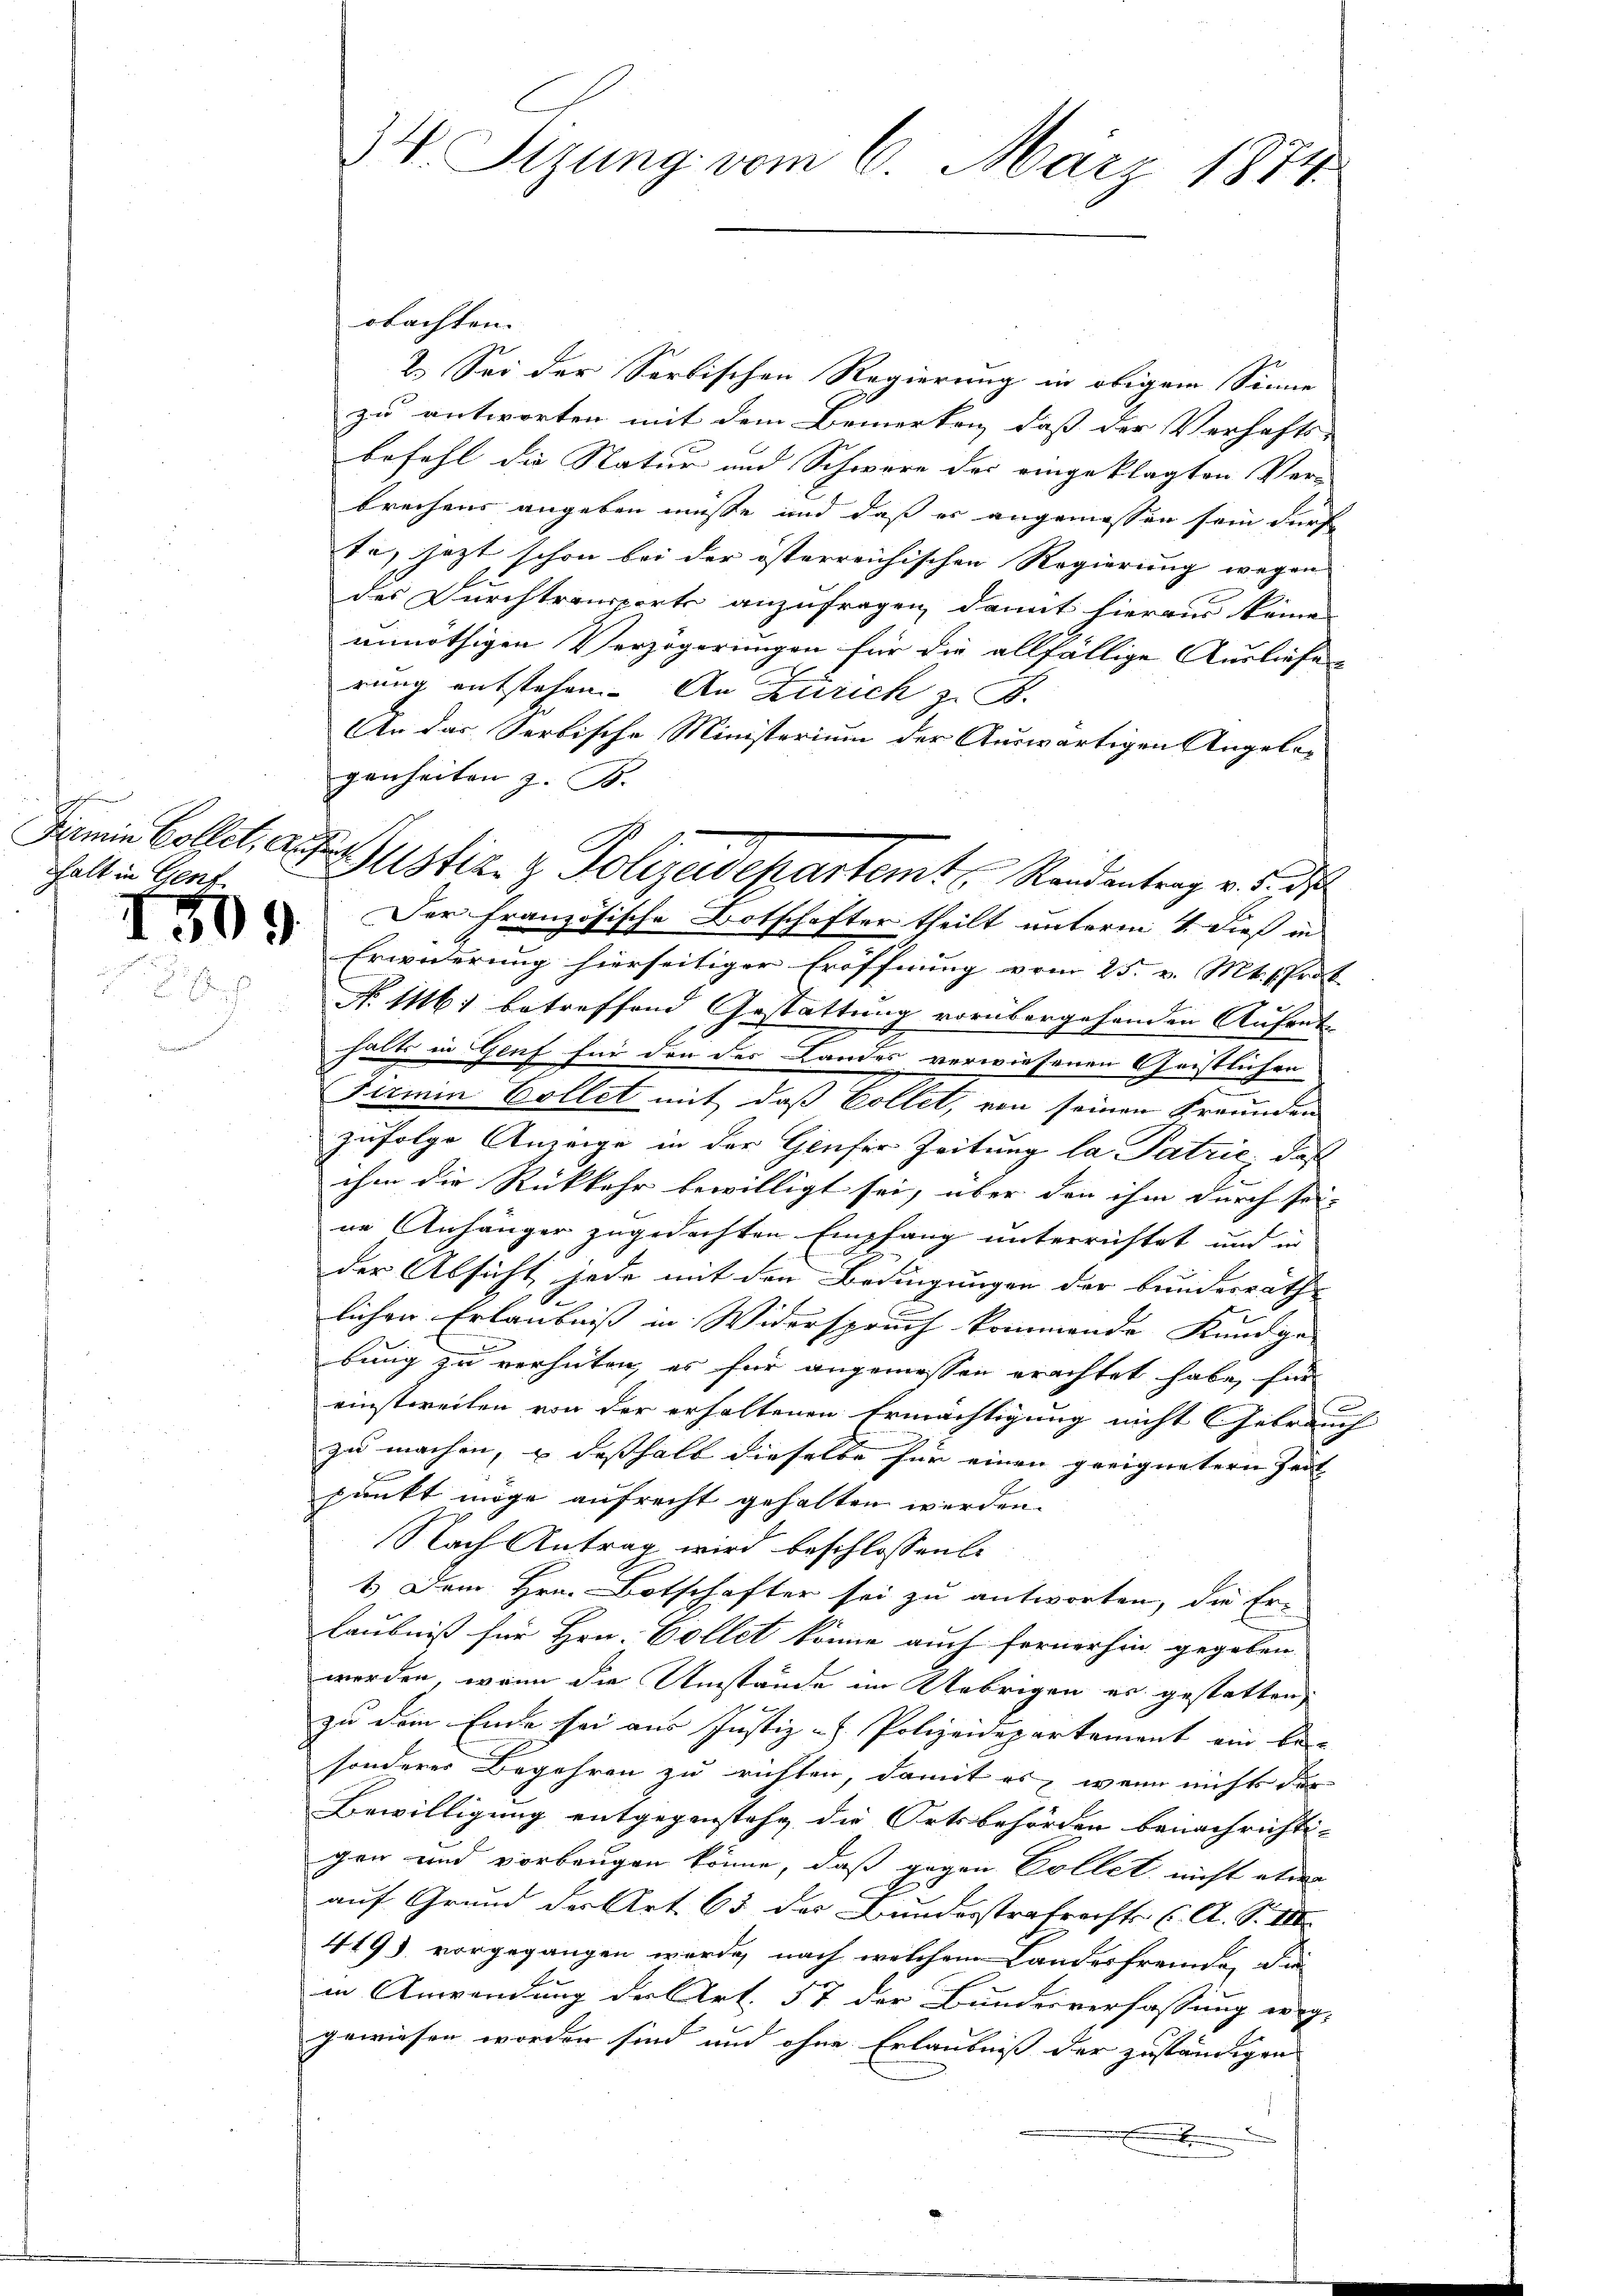
Fermin Collet, al
halt in Genf

509

34. Sizung vom 6. März 1874.

ch
Justiz- & Polizeidepartemt Randantrag v. 5. ds
Der französische Botschafter theilt unterm 4. dieß in

obachten.
2. Sei der Sortischen Regierung in obigem Sinne
zu antworten mit dem Bemerken dass der Verhafts- |
befehl die Natur und Schwere der eingeklagten Ver
brechens angeben müsse und daß er angemessen sein dürf
te, jezt schon bei der österreichischen Regierung wegen
des Durchtransporte anzufragen, damit hieraus könne
unnöthigen Verzögerungen für die allfällige Ausliefe
rung entstehen. An Zürich zu B.
An das Serbische Ministerium der Auswärtigen Angelegenheiten z. B.
Erwiderung hierseitiger Eröffnung vom 25. v. Mt. Prof.
No 116. betreffend Gestattung vorübergehenden Aufent-
halts in Genf für den des Landes verwiesenen Geistlichen
Summen Collet mit, daß Collet, von seinen Freunden
zufolge Anzeige in der Genfer Zeitung la Patrie, daß
ihm die Rückkehr bewilligt sei, über den ihm durch sei-
ne Anhänger zugedachten Empfang unterrichtet und in
der Absicht jede mit den Bedingungen der bundesrathe
lichen Erlaubniß in Widerspruch kommende Kundge-
bung zu verhüten, es für angemessen erachtet habe, für
x
einstweilen von der erhaltenen Ermächtigung nicht Gebrauch
zu machen, u desshalb dieselbe für einen geeignetern Zeit |
punkt möge aufrecht gehalten werden.
Nach Antrag wird beschlossenli
1.) Dem Hrn. Botschafter sei zu antworten, die Er-
laubniß für Hrn. Collet könne auch fernerhin gegeben.
werden, wenn die Umstände im Uebrigen er gestatten
zu dem Ende sei aus Justiz - Polizeidepartement ein be- |
sonderer Begehren zu richten, damit es, wenn nicht der
Bewilligung entgegenstehe die Ortsbehörden benachrichti- |
gen und vorbeugen könne, daß gegen Collet nicht etwa
auf Grund der Art. 63 des Bunderstrafrechts (A. S. III
419) vorgegangen werde, nach welchem Landesfremde, die
in Anwendung der Art. 57 der Bundesverfassung weg-
gewiesen worden sind und ohne Erlaubniß der zuständigen
.